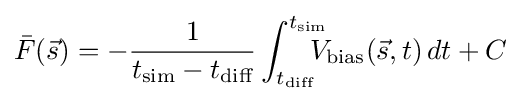
{\bar {F}}({\vec {s}})=-{\frac {1}{t_{\text{sim}}-t_{\text{diff}}}}\int _{t_{\text{diff}}}^{t_{\text{sim}}}\!\!\!\!\!V_{\text{bias}}({\vec {s}},t)\,dt+C